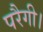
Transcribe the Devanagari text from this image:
परैगी।